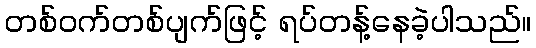
တစ်ဝက်တစ်ပျက်ဖြင့် ရပ်တန့်နေခဲ့ပါသည်။